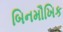
બિનમૌખિક